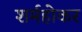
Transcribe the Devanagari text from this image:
शर्महोकर